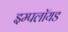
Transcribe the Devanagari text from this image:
इम्पलॉयड